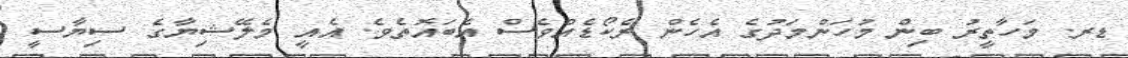
ޑރ. މަހާތީރު ބިން މުހަންމަދުގެ އެހެން ރެކޯޑެއްވެސް އެބައޮތެވެ. އެއީ މެލޭޝިޔާގެ ސިޔާސީ